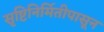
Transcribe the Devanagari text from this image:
सृष्टिनिर्मितीपासून